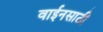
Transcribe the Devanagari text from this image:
वाईनसाठी